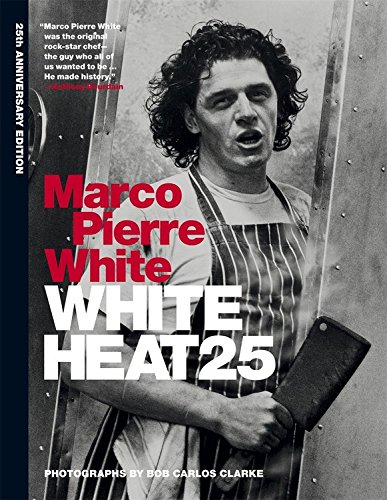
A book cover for White Heat 25; Marco Pierre White; Cookbooks, Food & Wine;